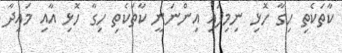
ކާތަކެތި ހިގާ ހޮޅި ނިމިފައި އިންނަނީ ކާތަކެތި ހިގާ ހޮޅި އާއި މައިދާ